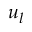
u _ { l }